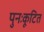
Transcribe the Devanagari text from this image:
पुनःकूटित